Report of the King Institute of Preventive Medicine, Guindy
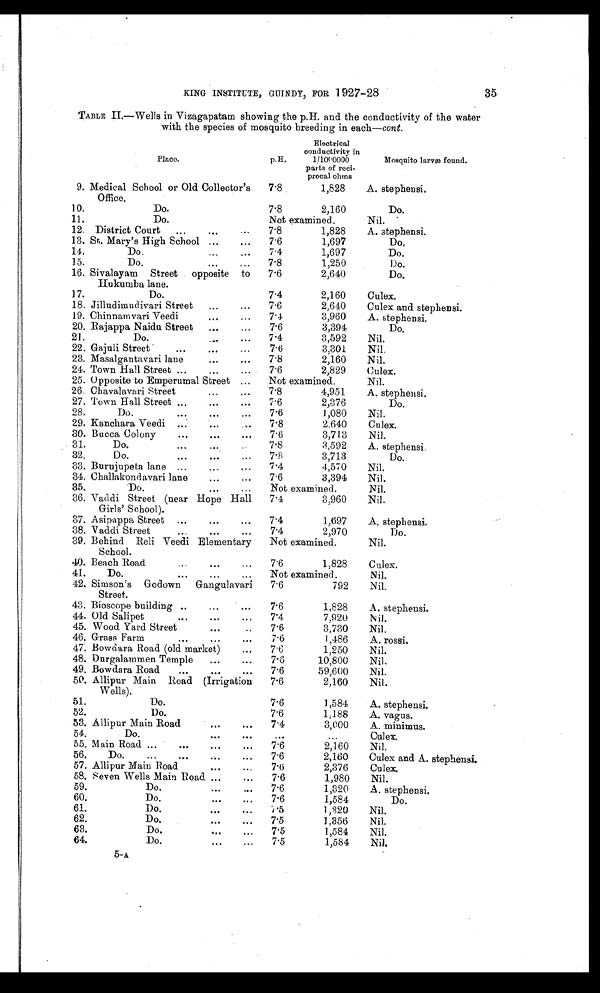
KING INSTITUTE, GUINDY, FOR 1927-28
35
TABLE II-Wells in Vizagapatam showing the p.H. and the conductivity of the water
with the species of mosquito breeding in each-cont.
Place.
Electrical
conductivity in
p.H.
1/1000000
parts of reci-
procal ohms
Mosquito larvæ found.
9. Medical School or Old Collector ' s
7.8
1,828
A. stephensi.
Office.
10.
Do.
7.8
2,160
Do.
11.
Do.
Not examined.
Nil.
12. District Court
..
...
7.8
1,828
A. stephensi.
13. St. Mary's High School ...
...
7 . 6
1,697
D o .
14.
Do.
...
...
7.4
1,697
Do.
15.
Do.
.. .
7.8
1,250
Do.
16. Sivalayam Street opposite to
7 . 6
2,640
Do.
Hukumba lane.
17.
Do.
7.4
2,160
Culex.
18. Jilludimudivari Street
,..
...
7 . 6
2,640
Culex and stephensi.
19. Chinnamvari Veedi
...
...
7.4 3 , 9 6 0
A. stephensi.
20. Rajappa Naidu Street
...
...
7. 6
3,394
Do.
21.
Do.
.....
. . .
7.4
3,592
Nil.
22. Gajuli Street
...
...
...
7.6
3,301
Nil.
23. Masalgantavari lane
...
. . .
7.8
2,160
Nil.
24. Town Hall Street ...
...
. . .
7.6
2,829
Culex,
25. Opposite to Emperumal Street ...
Not examined.
Nil.
26. Chavalavari Street
...
. . .
7 . 8
4,951
A. stephensi.
27. Town Hall Street ...
...
...
7.6
2,376
Do.
28.
Do.
. . . ...
...
7.6
1,080
Nil.
29. Kanchara Veedi ...
..,
...
7.8
2,640
Culex.
30. Bucca Colony
...
...
. . .
7 . 6
3,713
Nil.
31.
Do.
...
...
7.8
3,592
A. stephensi.
32.
Do.
...
...
7.8
3,713
Do.
33. Burujupeta lane ...
...
...
7 .4
4,570
Nil.
34. Challakondavari lane
...
...
7 . 6
3,394
Nil.
35.
Do.
. . . ...
Not examined.
Nil.
36. Vaddi Street (near Hope Hall
7.4 3 , 9 6 0
Nil.
Girls' School).
37. Asipappa Street ...
...
...
7 . 4
1,697
A. stephensi.
38. Vaddi Street
...
...
. . .
.
7. 4
2,970
Do.
39. Behind Reli Veedi Elementary
Not examined.
Nil.
School.
40. Beach Road.
...
...
...
7.6
1,828
Culex.
41.
Do.
. . . .',
...
Not examined.
Nil.
42. Simson's Godown Gangulavari
7 . 6
792
Nil.
Street.
43. Bioscope building ..
...
...
7 . 6
1,828
A. stephensi.
44, Old Salipet
...
...
. . . 7.4
7,920
Nil.
45. Wood Yard Street
...
..
7 . 6
3,730
Nil.
46. Grass Farm
7 . 6 1 , 4 8 6
A. rossi.
47. Bowdara Road (old market)
-
7.6
1,250
Nil.
48. Durgalammen Temple
...
...
7.6
10,800
Nil.
49. Bowdara Road
...
...
...
7 . 6
59,600
Nil.
50. Allipur Main Road (Irrigation 7.6
2,160
Nil.
Wells).
51.
Do.
7.6
1,584
A. stephensi.
52.
Do.
7.6
1,188
A. vagus.
53. Allipur Main Road
...
...
7.4
3,000
A. minimus.
54.
Do.
. . . ...
...
. . .
Culex.
55. M ain Road ...
...
...
...
7.6
2,160
Nil.
56.
Do.
...
...
...
...
7 . 6
2,160
Culex and A. stephensi.
57. Allipur Main Road
...
...
7. 6
2,376
Culex.
58, Seven Wells Main Road ...
...
7 . 6
1,980
Nil.
59.
Do.
...
...
7 . 6
1,320
A. stephensi,
60.
Do.
...
. . .
7.6
1,584
Do.
61.
Do.
...
...
7.5
1 , 3 2 0
Nil.
62.
Do.
...
...
7.5
1,356
Nil.
63.
Do.
...
...
7 . 5
1,584
Nil.
64.
Do.
...
...
7 . 5
1,584
Nil.
5-A